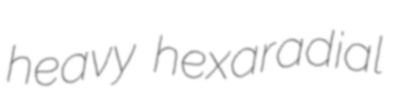
heavy hexaradial